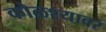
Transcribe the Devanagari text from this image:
कोळश्यावर